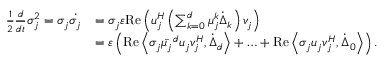
\begin{array} { r l } { \frac { 1 } { 2 } \frac { d } { d t } \sigma _ { j } ^ { 2 } = \sigma _ { j } \dot { \sigma _ { j } } } & { = \sigma _ { j } \varepsilon \mathrm { R e } \left( u _ { j } ^ { H } \left( \sum _ { k = 0 } ^ { d } \mu _ { j } ^ { k } \dot { \Delta } _ { k } \right) v _ { j } \right) } \\ & { = \varepsilon \left( \mathrm { R e } \left\langle \sigma _ { j } \Bar { \mu _ { j } } ^ { d } u _ { j } v _ { j } ^ { H } , \dot { \Delta } _ { d } \right\rangle + \ldots + \mathrm { R e } \left\langle \sigma _ { j } u _ { j } v _ { j } ^ { H } , \dot { \Delta } _ { 0 } \right\rangle \right) . } \end{array}